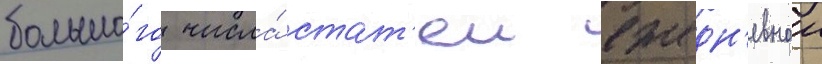
большо́го числа́ стат'еи ежедн'евнои